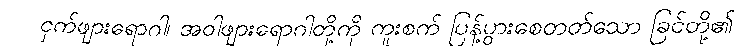
ငှက်ဖျားရောဂါ၊ အဝါဖျားရောဂါတို့ကို ကူးစက် ပြန့်ပွားစေတတ်သော ခြင်တို့၏